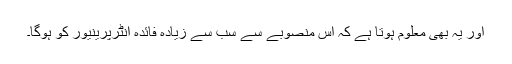
اور یہ بھی معلوم ہوتا ہے کہ اس منصوبے سے سب سے زیادہ فائدہ انٹرپرینیور کو ہوگا۔